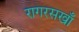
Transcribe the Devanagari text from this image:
रागरसखाँ